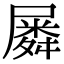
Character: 𡳞